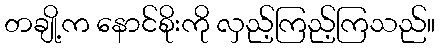
တချို့က နောင်စိုးကို လှည့်ကြည့်ကြသည်။